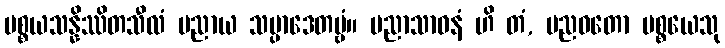
ပစ္စယသန္နိဿိတသီလံ ပညာယ သမ္ပာဒေတဗ္ဗံ။ ပညာသာဓနံ ဟိ တံ, ပညဝတော ပစ္စယေသု